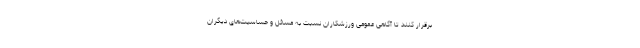
برقرار کنند تا آگاهی عمومی ورزشکاران نسبت به مسائل و حساسیت‌های دیگران